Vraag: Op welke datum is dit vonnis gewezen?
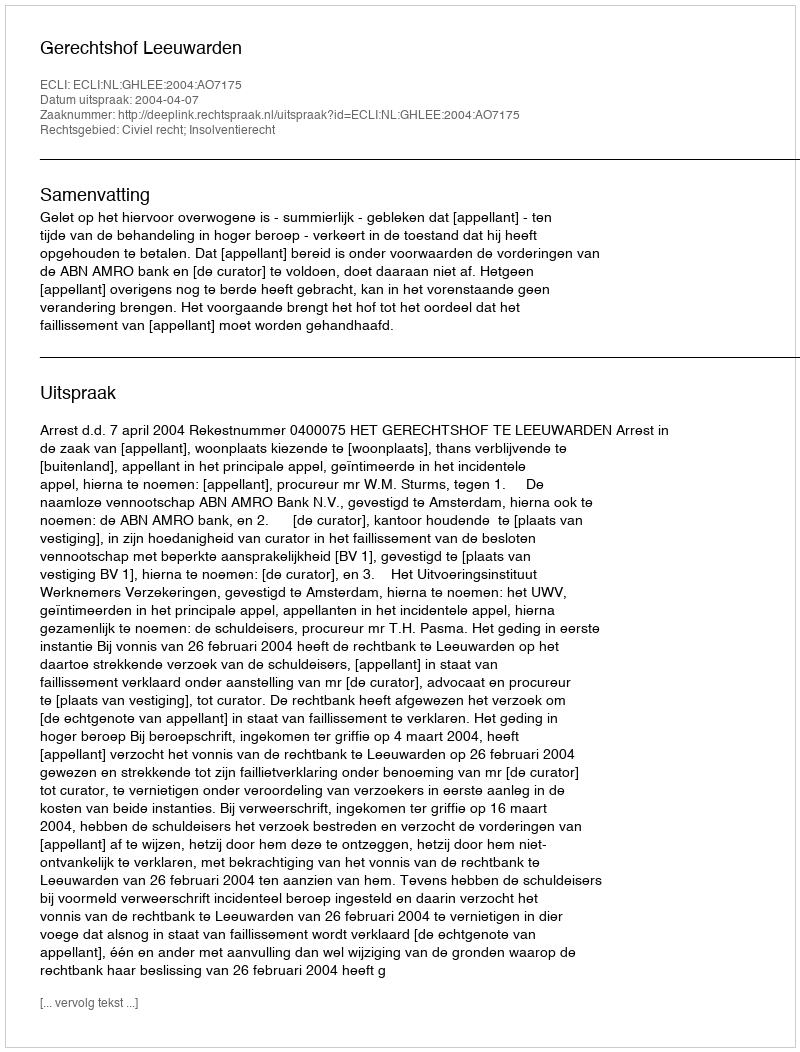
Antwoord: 2004-04-07